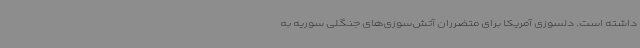
داشته است. دلسوزی آمریکا برای متضرران آتش‌سوزی‌های جنگلی سوریه به